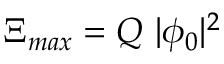
\Xi _ { m a x } = Q ~ | \phi _ { 0 } | ^ { 2 }